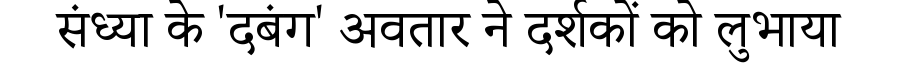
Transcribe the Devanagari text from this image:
संध्या के 'दबंग' अवतार ने दर्शकों को लुभाया